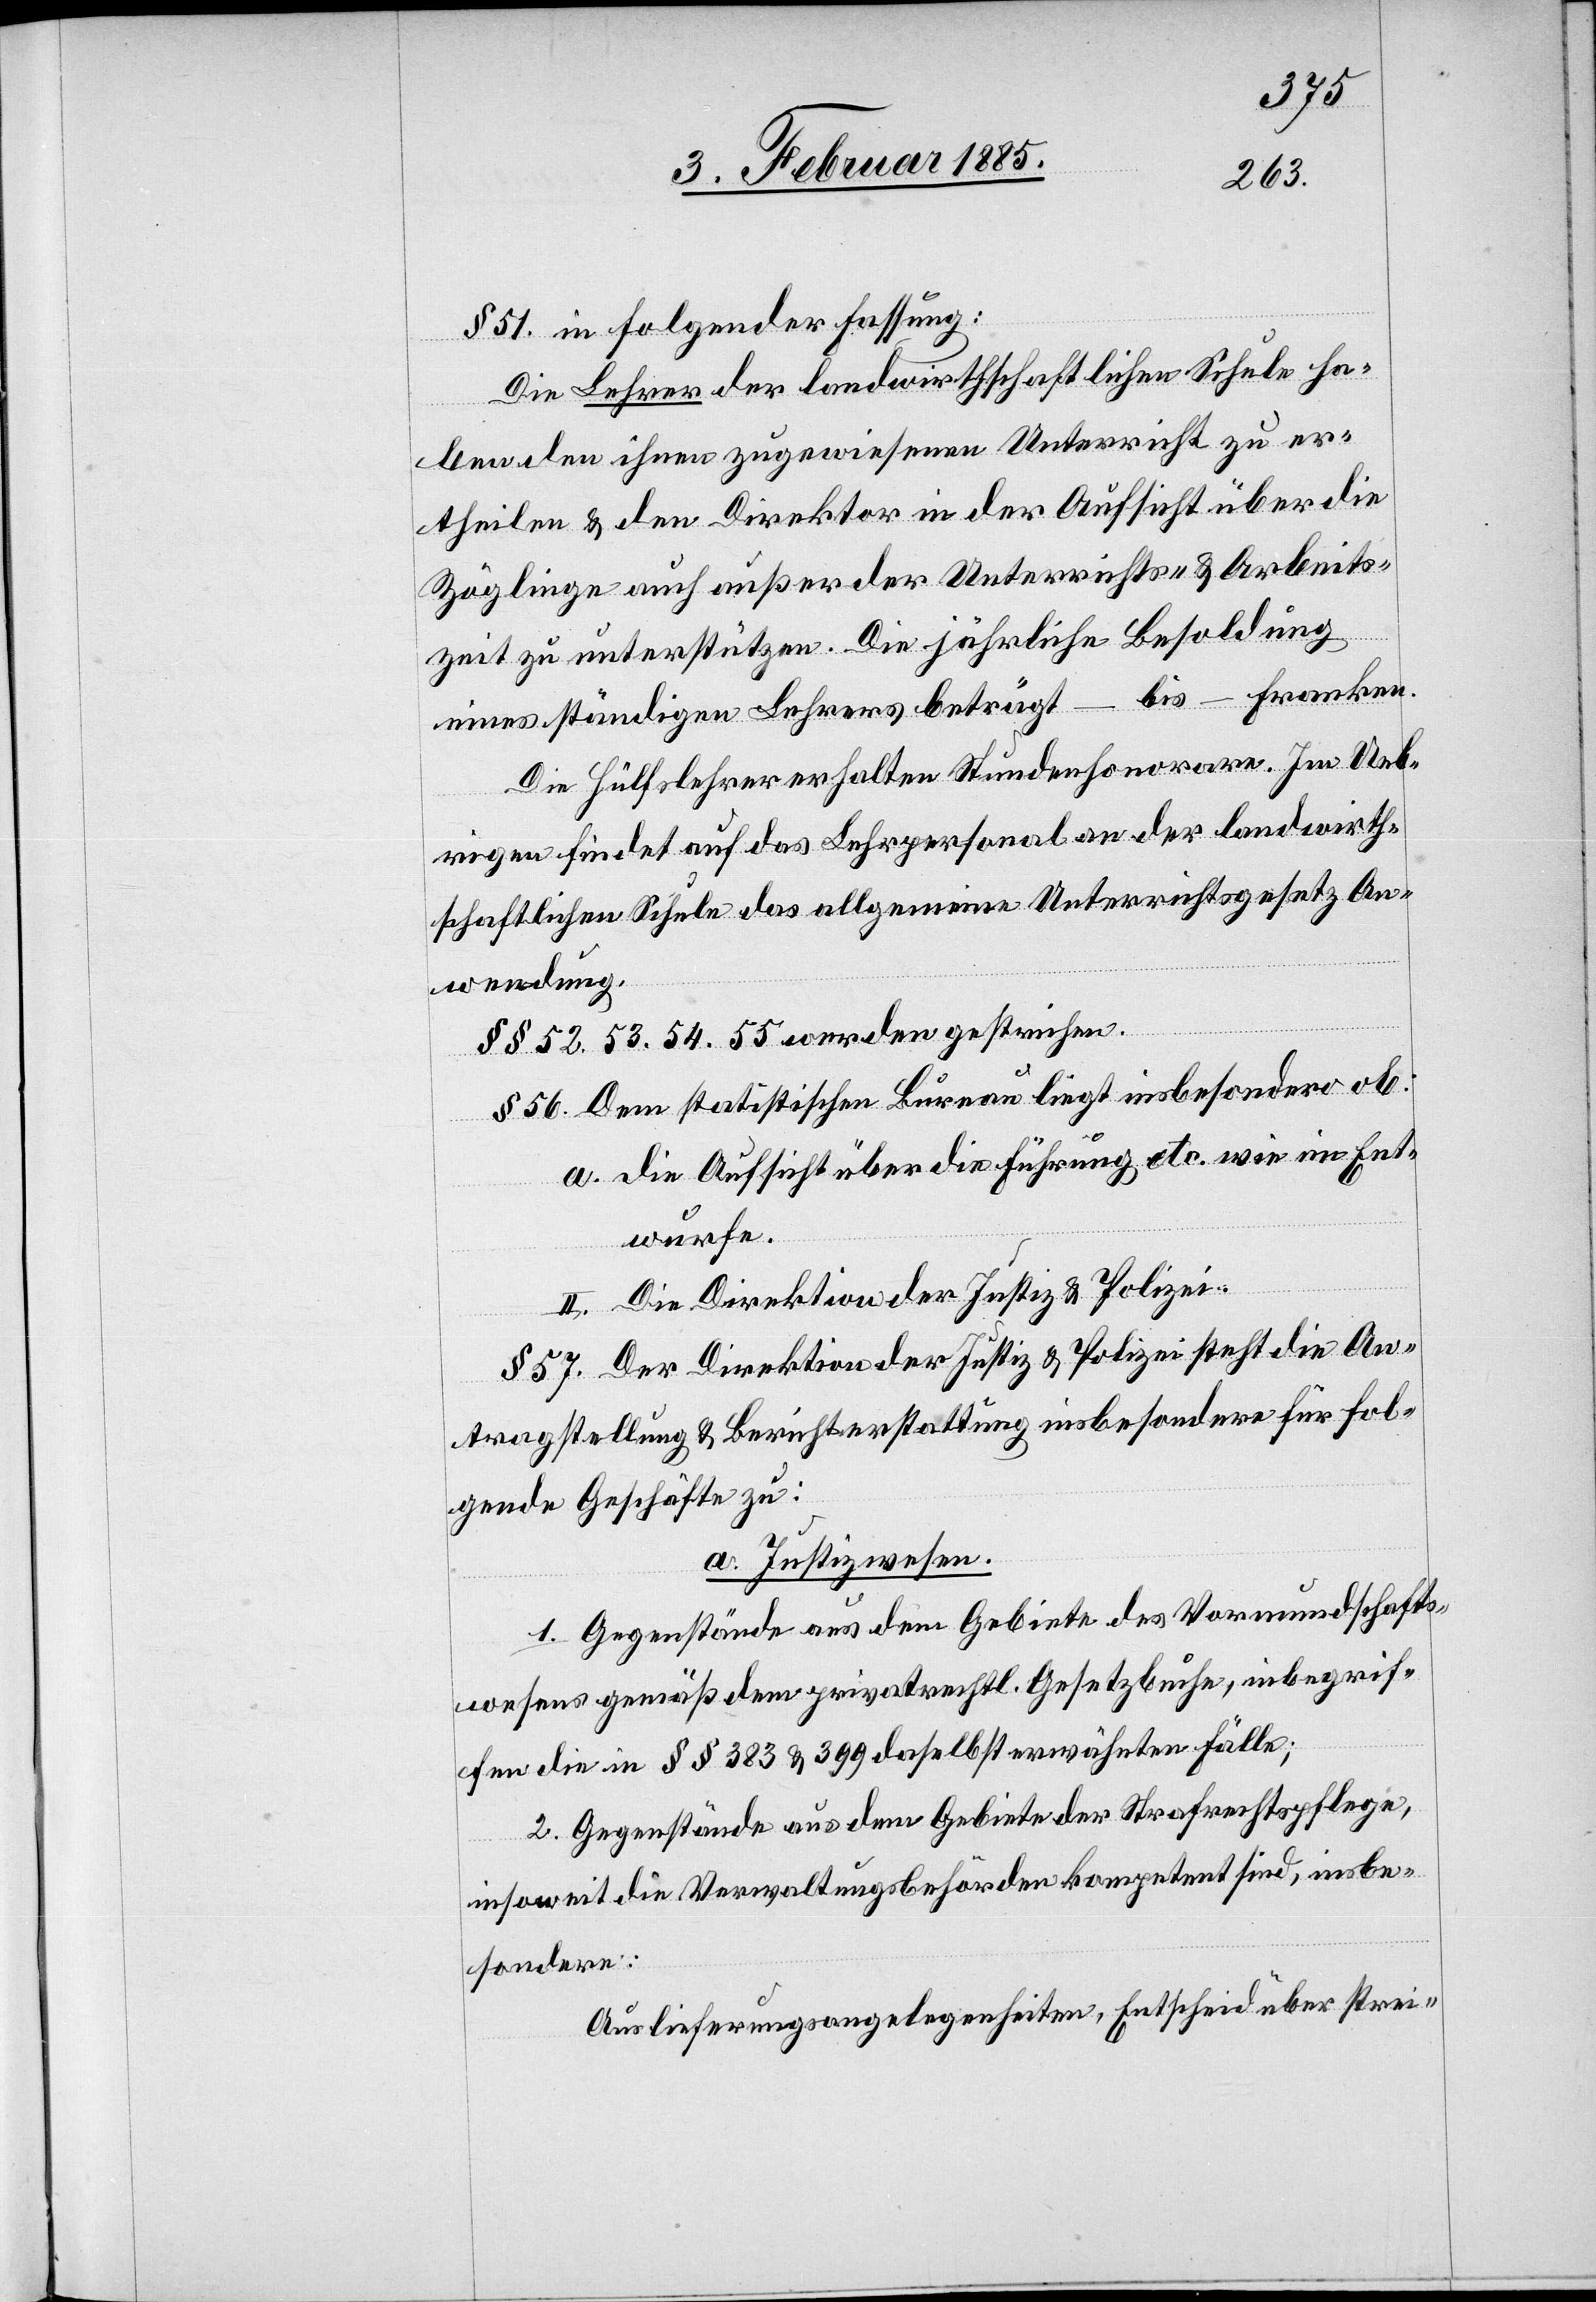
§ 51 in folgender Fassung:
Die Lehrer der landwirthschaftlichen Schule ha¬
ben den ihnen zugewiesenen Unterricht zu er¬
theilen & den Direktor in der Aufsicht über die
Zöglinge auch außer der Unterrichts- & Arbeits¬
zeit zu unterstützen. Die jährliche Besoldung
bis –– Franken.
eines ständigen Lehrers beträgt
Die Hülfslehrer erhalten Stundenhonorare. Im Ueb¬
rigen findet auf das Lehrpersonal an der landwirth¬
schaftlichen Schule das allgemeine Unterrichtsgesetz An¬
wendung.
§§ 52, 53, 54, 55 werden gestrichen.
§§ 56. Dem statistischen Bureau liegt insbesondere ob:
a. die Aufsicht über die Führung etc. wie im Ent¬
wurfe.
II. Der Direktion der Justiz & Polizei:
§ 57. Der Direktion der Justiz & Polizei steht die An¬
tragstellung & Berichterstattung insbesondere für fol¬
gende Geschäfte zu:
a. Justizwesen.
1. Gegenstände aus dem Gebiete des Vormundschafts¬
wesens gemäß dem privatrechtl. Gesetzbuche, inbegrif¬
fen die in §§ 383 & 399 daselbst erwähnten Fälle;
2. Gegenstände aus dem Gebiete der Strafrechtspflege,
insoweit die Verwaltungsbehörden kompetent sind, insbe¬
sondere:
Auslieferungsangelegenheiten, Entscheid über strei-